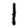
Digit: 1